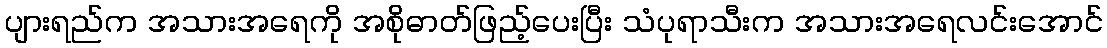
ပျားရည်က အသားအရေကို အစိုဓာတ်ဖြည့်ပေးပြီး သံပုရာသီးက အသားအရေလင်းအောင်